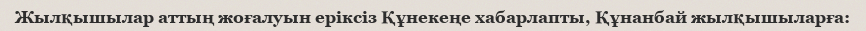
Жылқышылар аттың жоғалуын еріксіз Құнекеңе хабарлапты, Құнанбай жылқышыларға: